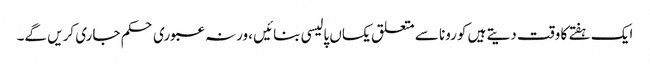
ایک ہفتے کا وقت دیتے ہیں کورونا سے متعلق یکساں پالیسی بنائیں ، ورنہ عبوری حکم جاری کریں گے۔